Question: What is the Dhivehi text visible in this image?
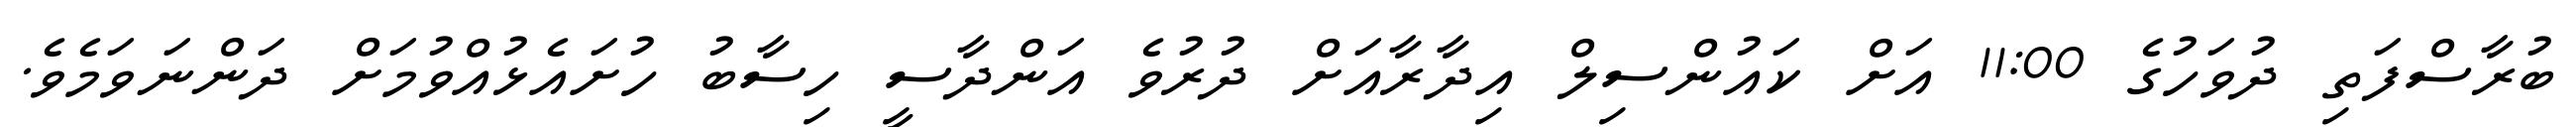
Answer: ބުރާސްފަތި ދުވަހުގެ 11:00 އަށް ކައުންސިލް އިދާރާއަށް ދުރުވެ އަންދާސީ ހިސާބު ހުށައެޅުއްވުމަށް ދަންނަވަމެވެ.